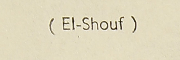
( El-Shouf)